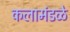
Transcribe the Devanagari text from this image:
कलामंडळे